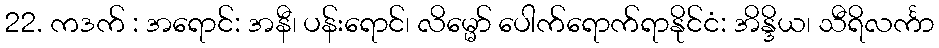
22. ကဒက် : အရောင်: အနီ၊ ပန်းရောင်၊ လိမ္မော် ပေါက်ရောက်ရာနိုင်ငံ: အိန္ဒိယ၊ သီရိလင်္ကာ